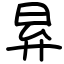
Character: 昪